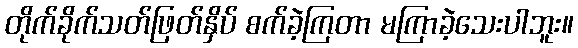
တိုက်ခိုက်သတ်ဖြတ်နှိပ် စက်ခဲ့ကြတာ မကြာခဲ့သေးပါဘူး။